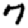
Digit: 7